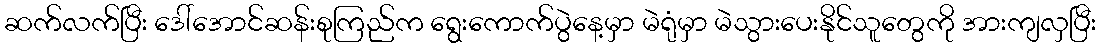
ဆက်လက်ပြီး ဒေါ်အောင်ဆန်းစုကြည်က ရွေးကောက်ပွဲနေ့မှာ မဲရုံမှာ မဲသွားပေးနိုင်သူတွေကို အားကျလှပြီး